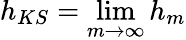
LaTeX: h_{KS}=\operatorname*{lim}_{m\to\infty}h_{m}